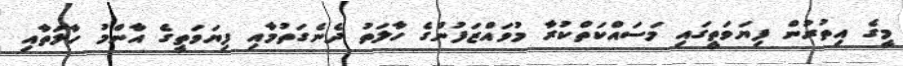
މީގެ އިތުރުން ފިޔަވަތީގައި މަސައްކަތްކުރާ މުވައްޒަފުންގެ ހާލަތު ދެނެގަތުމާއި ފިޔަވަތީގެ އާންމު ހާލަތާއި